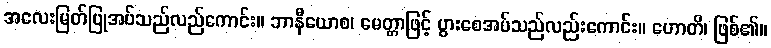
အလေးမြတ်ပြုအပ်သည်လည်ကောင်း။ ဘာနီယောစ၊ မေတ္တာဖြင့် ပွားစေအပ်သည်လည်းကောင်း။ ဟောတိ၊ ဖြစ်၏။